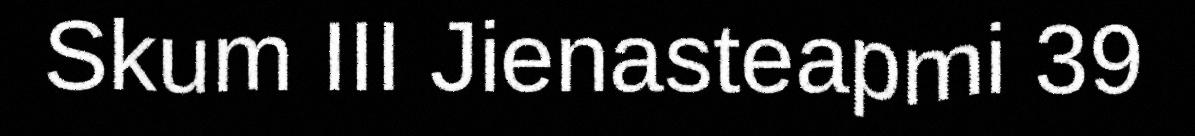
Skum III Jienasteapmi 39